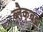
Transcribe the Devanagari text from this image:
ब्लैकबट्ट